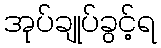
အုပ်ချုပ်ခွင့်ရ